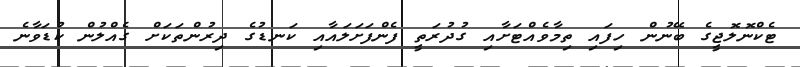
ޓެކްނޮލޮޖީގެ ބޭނުން ހިފައި ތިމާވެއްޓަށާއި ގުދުރަތީ ފެންފަށަލައާއި ކަނޑުގެ ދިރުންތަކަށް ގެއްލުން ކުޑަވާނެ